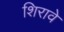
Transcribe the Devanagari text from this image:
शिरावे